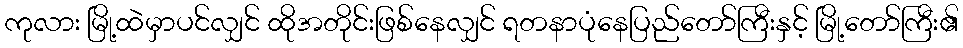
ကုလား မြို့ထဲမှာပင်လျှင် ထိုအတိုင်းဖြစ်နေလျှင် ရတနာပုံနေပြည်တော်ကြီးနှင့် မြို့တော်ကြီး၏